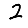
Digit: 2